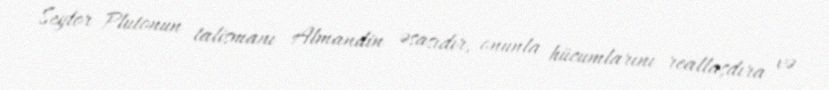
Seylor Plutonun talismanı Almandin əsasıdır, onunla hücumlarını reallaşdıra və